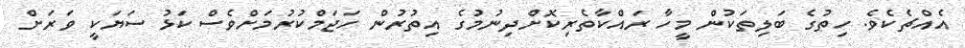
އެއްޗެކެވެ. ހިތުގެ ބަލިތަކުން މީހާ ރައްކާތެރިކޮށްދިނުމުގެ އިތުރުން ހަޖަމްކުރުމަށްވެސް ކަޅު ސަޔަކީ ވަރަށް